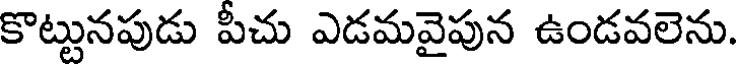
కొట్టునపుడు పీచు ఎడమవైపున ఉండవలెను.